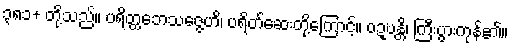
၃၈၁+ တို့သည်။ ပရိတ္တဘေသဇ္ဇေဟိ၊ ပရိတ်ဆေးတို့ကြောင့်။ ဝဍ္ဎန္တိ၊ ကြီးပွားကုန်၏။